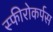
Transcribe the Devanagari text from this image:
स्फीरोकर्पस